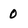
Character: 0